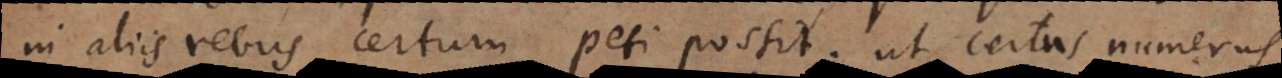
in aliis rebus certum peti possit, ut certus numerus